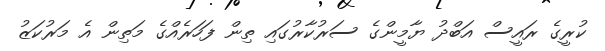
ކުރީގެ ރައީސް އަބްދު ޔާމީންގެ ސަރުކާރުގައި ތިން ފަހަރެއްގެ މަތިން އެ މަރުކަޒު